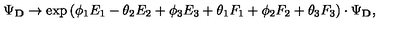
\Psi _ { \bf D } \rightarrow \exp { ( \phi _ { 1 } E _ { 1 } - \theta _ { 2 } E _ { 2 } + \phi _ { 3 } E _ { 3 } + \theta _ { 1 } F _ { 1 } + \phi _ { 2 } F _ { 2 } + \theta _ { 3 } F _ { 3 } ) } \cdot \Psi _ { \bf D } ,